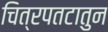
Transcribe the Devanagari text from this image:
चित्रपतटातुन